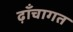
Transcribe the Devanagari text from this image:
ढ़ाँचागत